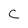
Character: C